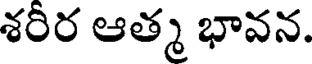
శరీర ఆత్మ భావన.